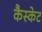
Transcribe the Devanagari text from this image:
कैस्केट